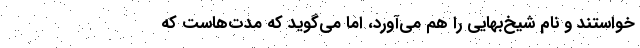
‌خواستند و نام شيخ‌بهايي را هم مي‌آورد، اما مي‌گويد كه مدت‌هاست كه